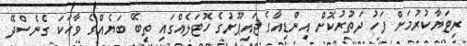
ރިޓަޔާކުރުމަށް ފަހު ދަތުރުކޮށް އިންޑިއާގެ ޖައިޕޫރުގެ ހޮޓަލެއްގައި ތިބޭ ބަޔެއްގެ ވާހަކަ ގެނެސްދޭ